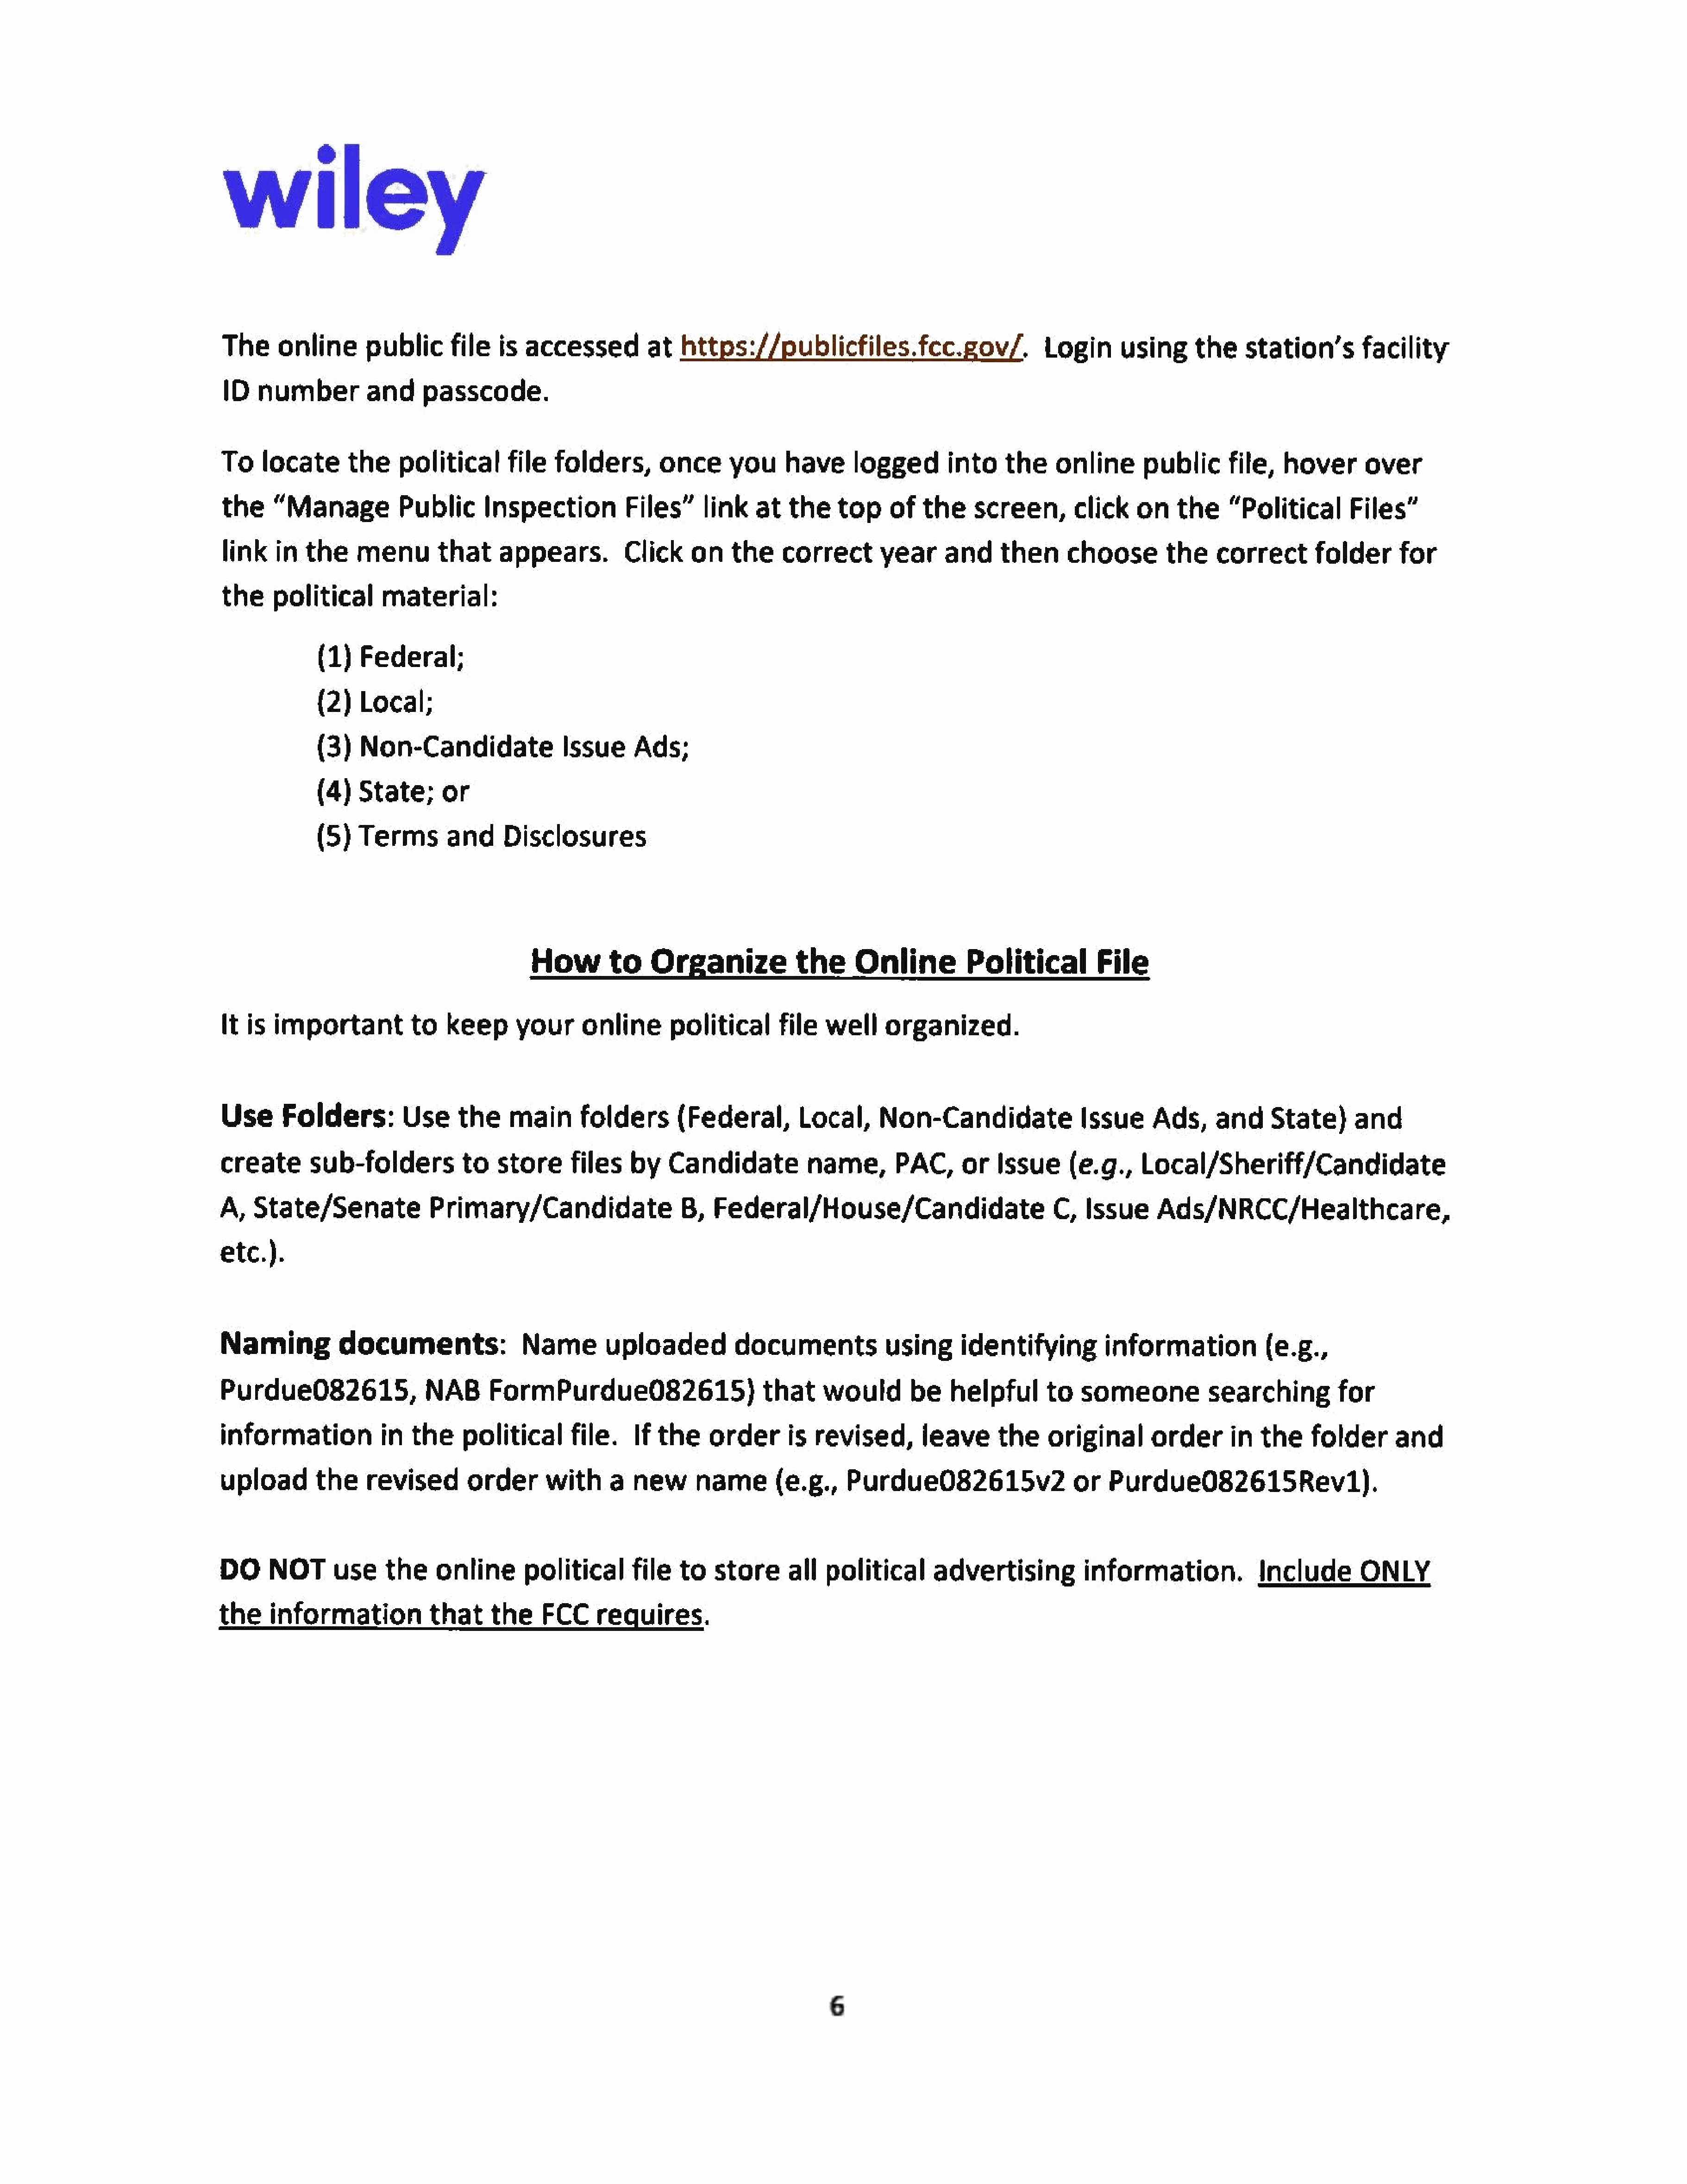
wiley
 The     online      public    file      is accessed          at  https://publicfiles.fcc.gov/,                       Login      using      the    station’s        facility
 ID   number       and        passcode.
 To    locate      the political        file    folders,       once      you     have      logged    into        the    online       public      file,   hover      over
 the    “Manage           Public      Inspection           Files”link        at   the    top    of   the    screen,click            on   the     “Political       Files”
 link    in  the    menu        that    appears.          Click     on    the    correct       year     and     then      choosethe            correct       folder      for
 the    political       material:
 (1)   Federal;
 (2)    Local;
 (3)    Non-Candidate                Issue     Ads;
 (4)   State;      or
 (5)   Terms        and     Disclosures
 How        to    Organize             the     Online          Political       File
 [t is  important           to   keep      your   online         political    file     well     organized.
 Use     Folders:          Use     the    main      folders       (Federal,        Local,      Non-Candidate                Issue     Ads,     and     State)      and
 create      sub-folders           to   store      files   by    Candidate          name,        PAC,or      Issue        (e.g.,    Local/Sheriff/Candidate
 A,   State/Senate              Primary/Candidate                  B,   Federal/House/Candidate                          C,  Issue     Ads/NRCC/Healthcare,
 etc.).
 Naming           documents:                Name        uploaded          documentsusing                  identifying          information            (e.g.,
 Purdue082615,                NAB      FormPurdue082615)                      that     would       be    helpful       to   someonesearchingfor
 information            in  the    political     file.      If the    order       is  revised,       leave      the    original       order      in  the    folder      and
 upload       the    revised        order      with     a   new      name    (e.g.,       Purdue082615v2                   or   Purdue082615Rev1).
 DO      NOTusethe           onlinepolitical               file    to   store      all  political       advertising          information.             Include        ONLY
 the     information           that     the     FCC    requires.